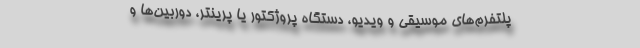
پلتفرم‌های موسیقی و ویدیو، دستگاه پروژکتور یا پرینتر، دوربین‌ها و